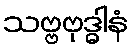
သဗ္ဗဗုဒ္ဓါနံ